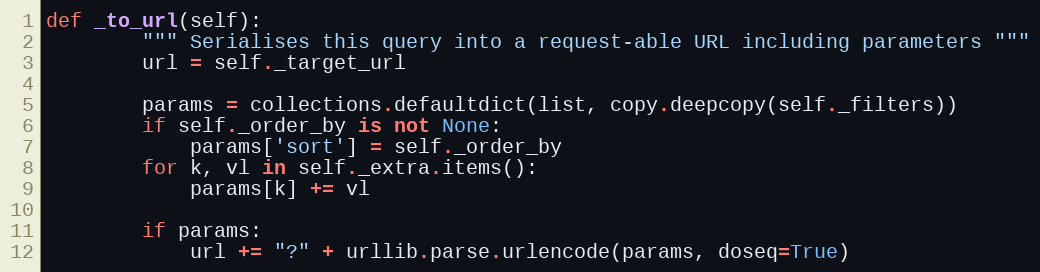
Language: Python
def _to_url(self):
        """ Serialises this query into a request-able URL including parameters """
        url = self._target_url

        params = collections.defaultdict(list, copy.deepcopy(self._filters))
        if self._order_by is not None:
            params['sort'] = self._order_by
        for k, vl in self._extra.items():
            params[k] += vl

        if params:
            url += "?" + urllib.parse.urlencode(params, doseq=True)